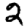
Digit: 2